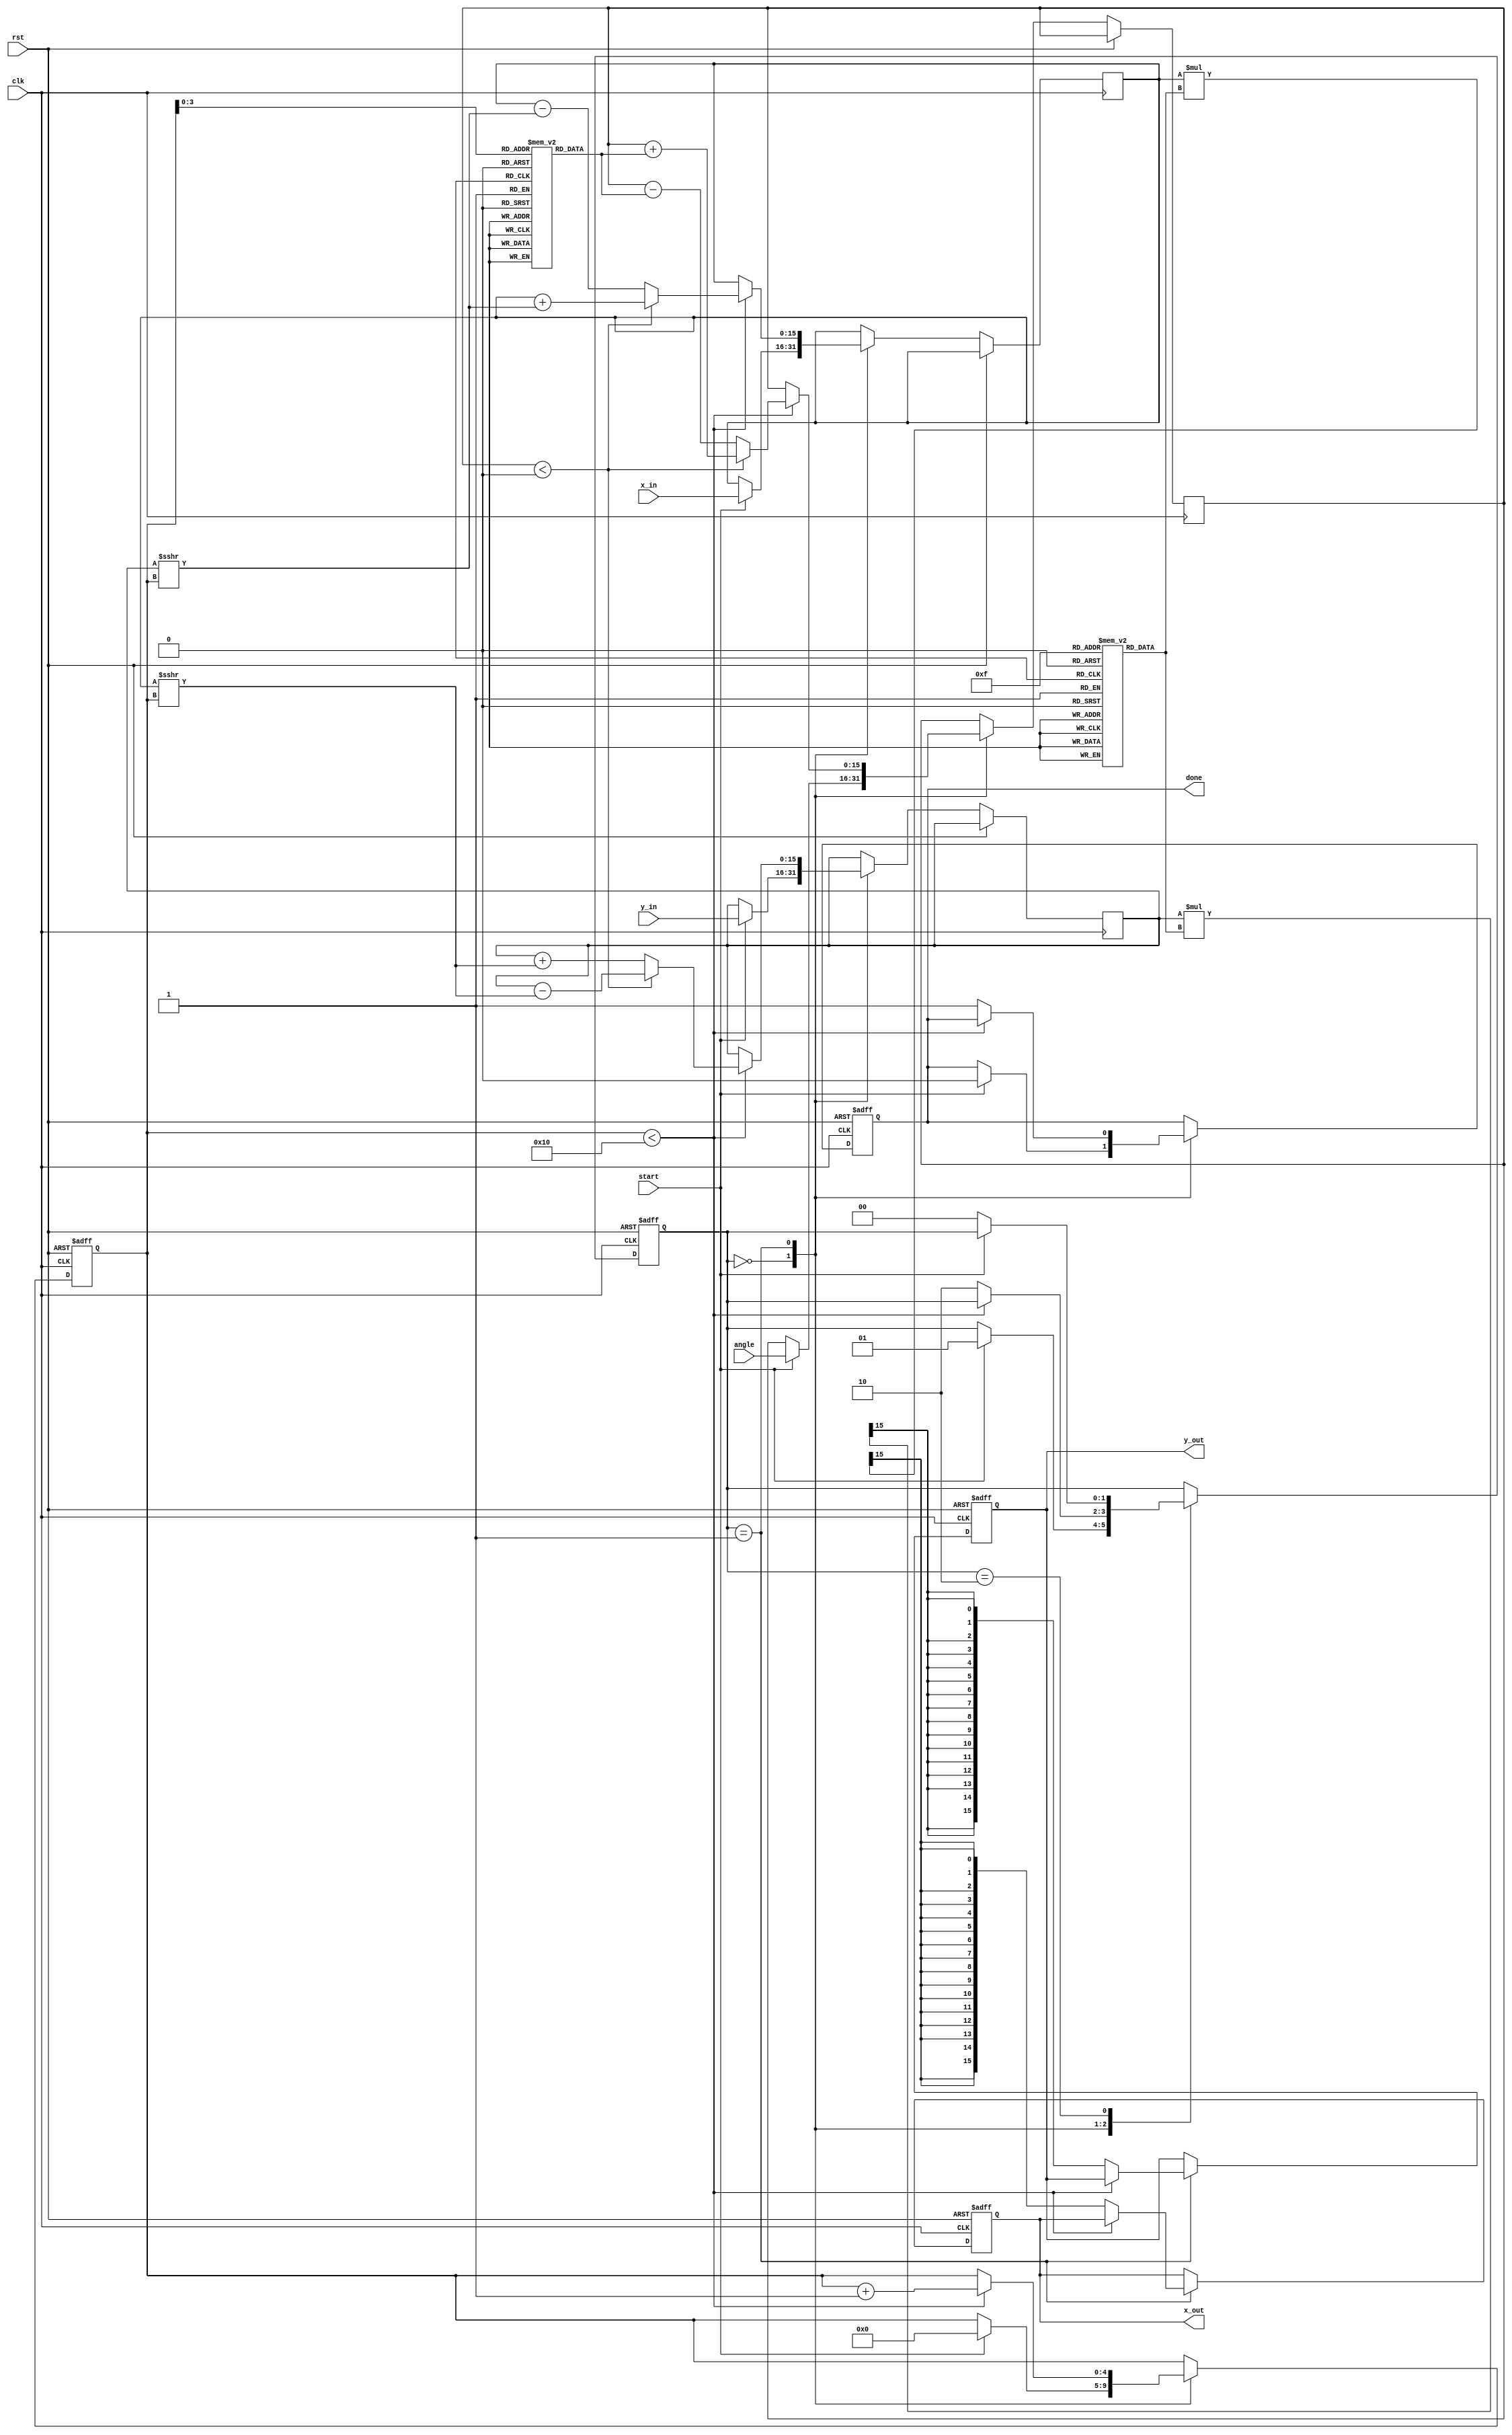
module cordic #(
    parameter N = 16,               // Number of iterations
    parameter DATA_WIDTH = 16,      // Width of input/output data
    parameter ANGLE_LUT_WIDTH = 16, // Width of angle LUT
    parameter SCALE_LUT_WIDTH = 16  // Width of scale factor LUT
)(
    input wire clk,
    input wire rst,
    input wire start,
    input wire signed [DATA_WIDTH-1:0] angle, // Input angle in fixed-point
    input wire signed [DATA_WIDTH-1:0] x_in,   // Initial x vector
    input wire signed [DATA_WIDTH-1:0] y_in,   // Initial y vector
    output reg signed [DATA_WIDTH-1:0] x_out,  // Output x coordinate
    output reg signed [DATA_WIDTH-1:0] y_out,  // Output y coordinate
    output reg done
);

    // Angle LUT: arctan(2^-i) for i = 0 to N-1
    reg signed [ANGLE_LUT_WIDTH-1:0] angle_lut [0:N-1];
    initial begin
        angle_lut[0] = 16'h0000; // atan(1) = 0
        angle_lut[1] = 16'h3C90; // atan(1/2) = 45 degrees
        angle_lut[2] = 16'h3A3D; // atan(1/4) = 26.565 degrees
        // ... Fill in the rest of the LUT values
        // angle_lut[3] = 16'h38E3; // atan(1/8)
        // angle_lut[4] = 16'h3864; // atan(1/16)
        // Continue until N-1
    end

    // Scale Factor LUT
    reg signed [SCALE_LUT_WIDTH-1:0] scale_lut [0:N-1];
    initial begin
        scale_lut[0] = 16'h4000; // 1.0
        scale_lut[1] = 16'h38E4; // 1/sqrt(2)
        scale_lut[2] = 16'h3333; // 1/sqrt(2^2)
        // ... Fill in the rest of the LUT values
        // scale_lut[3] = 16'h2AAA; // 1/sqrt(2^3)
        // scale_lut[4] = 16'h2492; // 1/sqrt(2^4)
        // Continue until N-1
    end

    reg [4:0] count; // Iteration counter
    reg signed [DATA_WIDTH-1:0] x_reg, y_reg;
    reg signed [ANGLE_LUT_WIDTH-1:0] angle_reg;
    reg [1:0] state;

    localparam IDLE = 2'b00,
               RUN  = 2'b01,
               DONE = 2'b10;

    always @(posedge clk or posedge rst) begin
        if (rst) begin
            x_out <= 0;
            y_out <= 0;
            done <= 0;
            count <= 0;
            state <= IDLE;
        end else begin
            case (state)
                IDLE: begin
                    if (start) begin
                        x_reg <= x_in;
                        y_reg <= y_in;
                        angle_reg <= angle;
                        count <= 0;
                        done <= 0;
                        state <= RUN;
                    end
                end
                RUN: begin
                    if (count < N) begin
                        // Determine direction based on angle
                        if (angle_reg < 0) begin
                            x_reg <= x_reg + (y_reg >>> count);
                            y_reg <= y_reg - (x_reg >>> count);
                            angle_reg <= angle_reg + angle_lut[count];
                        end else begin
                            x_reg <= x_reg - (y_reg >>> count);
                            y_reg <= y_reg + (x_reg >>> count);
                            angle_reg <= angle_reg - angle_lut[count];
                        end
                        count <= count + 1;
                    end else begin
                        // Apply scale factor
                        x_out <= x_reg * scale_lut[N-1] >>> (DATA_WIDTH - 1);
                        y_out <= y_reg * scale_lut[N-1] >>> (DATA_WIDTH - 1);
                        done <= 1;
                        state <= DONE;
                    end
                end
                DONE: begin
                    if (!start) begin
                        state <= IDLE;
                    end
                end
            endcase
        end
    end
endmodule